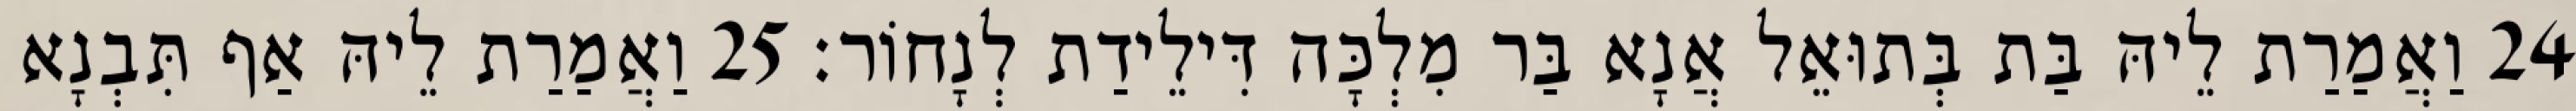
24 וַאֲמַרַת לֵיהּ בַּת בְּתוּאֵל אֲנָא בַּר מִלְכָּה דִּילֵידַת לְנָחוֹר׃ 25 וַאֲמַרַת לֵיהּ אַף תִּבְנָא